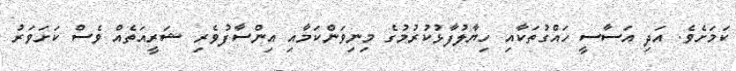
ކަމަށެވެ. އަދި އަސާސީ ހައްގުތަކާއި ހިޔާލުފާޅުކުރުމުގެ މިނިވަންކަމާއި އިންސާފުވެރި ޝަރީއަތެއް ވެސް ކަށަވަރު